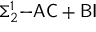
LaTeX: \Sigma _ { 2 } ^ { 1 } { \mathrm { - } } { \mathsf { A C } } + { \mathsf { B I } }